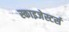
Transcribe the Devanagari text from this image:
स्काइजेस्टर्स